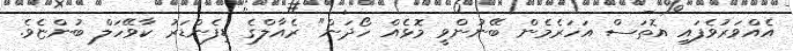
އެއްވަރުވެފައި އޮތަސް އަހަރެމެން ބޭނުންވީ މޮޅެއް ހޯދަން" ރެއާލްގެ ޑިފެންޑަރު ކާވޭހަލް ބުންޏެވެ.